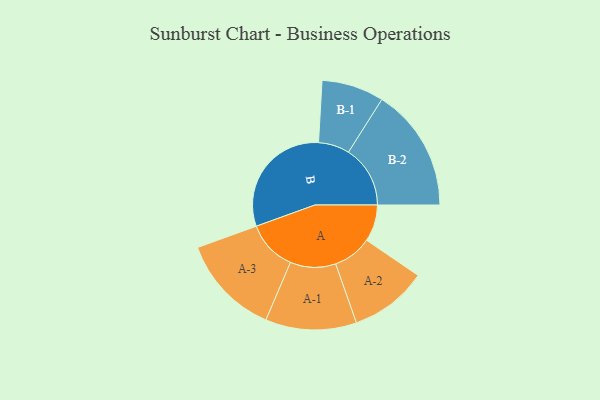
{"axis": {"x": "Segment", "y": "Value"}, "legend": ["", "A", "B"], "data": [{"x": "A", "y": 138, "type": ""}, {"x": "B", "y": 455, "type": ""}, {"x": "A-1", "y": 171, "type": "A"}, {"x": "A-2", "y": 146, "type": "A"}, {"x": "A-3", "y": 189, "type": "A"}, {"x": "B-1", "y": 117, "type": "B"}, {"x": "B-2", "y": 232, "type": "B"}]}